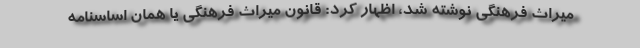
میراث فرهنگی نوشته شد، اظهار کرد: قانون میراث فرهنگی یا همان اساسنامه